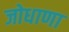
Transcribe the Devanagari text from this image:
जोधाणा